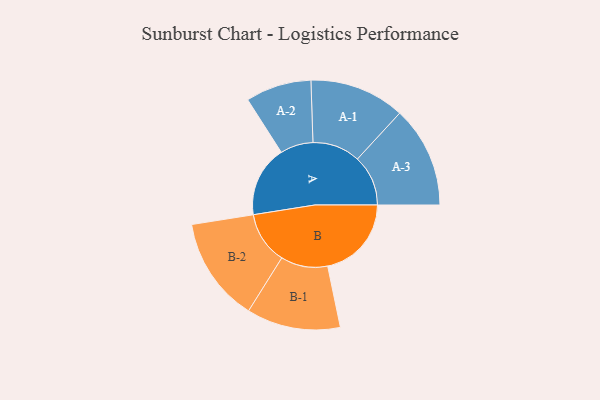
{"axis": {"x": "Segment", "y": "Value"}, "legend": ["", "A", "B"], "data": [{"x": "A", "y": 380, "type": ""}, {"x": "B", "y": 448, "type": ""}, {"x": "A-1", "y": 255, "type": "A"}, {"x": "A-2", "y": 176, "type": "A"}, {"x": "A-3", "y": 271, "type": "A"}, {"x": "B-1", "y": 251, "type": "B"}, {"x": "B-2", "y": 280, "type": "B"}]}